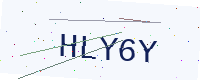
Text: HLY6Y